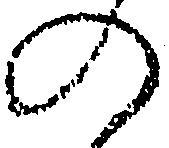
の